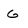
Character: G